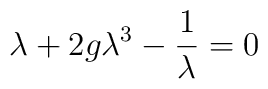
\lambda + 2g\lambda^{3} - {1\over \lambda} = 0